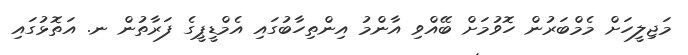
މަޖިލީހަށް މެމްބަރުން ހޮވުމަށް ބޭއްވި އާންމު އިންތިހާބުގައި އެމްޑީޕީގެ ފަރާތުން ނ. އަތޮޅުގައި